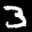
Label: 3